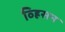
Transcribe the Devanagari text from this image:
व्ह्रिसन